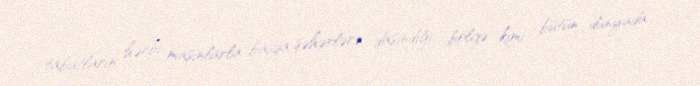
tabutların hərbi maşınlarla başqa şəhərlərə daşındığı bölgə kimi bütün dünyada